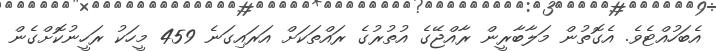
އެބަހުއްޓެވެ. އެގޮތުން މަލާބާރީން ރާއްޖޭގެ އުތުރުގެ ރައްތަކަށް އަރައިގަނެ 459 މީހަކު ރަހީނުކޮށްގެން